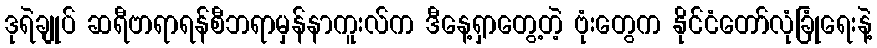
ဒုရဲချုပ် ဆရီဗာရာရန်စီဘရာမှန်နာကူးလ်က ဒီနေ့ရှာတွေ့တဲ့ ဗုံးတွေက နိုင်ငံတော်လုံခြုံရေးနဲ့